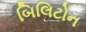
બિલિટોન